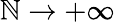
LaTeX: \mathbb{N}\to+\infty